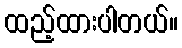
ထည့်ထားပါတယ်။